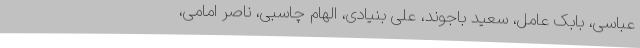
عباسی، بابک عامل، سعید باجوند، علی بنیادی، الهام چاسبی، ناصر امامی،